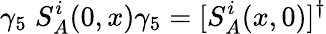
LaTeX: \gamma_{5}\; S_{A}^{i}(0,x)\gamma_{5}=[S_{A}^{i}(x,0)]^{\dagger}